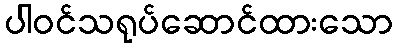
ပါဝင်သရုပ်ဆောင်ထားသော